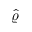
\hat { \varrho }